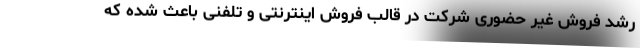
رشد فروش غیر حضوری شرکت در قالب فروش اینترنتی و تلفنی باعث شده که